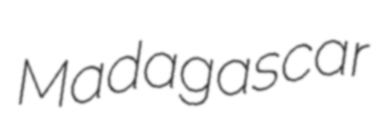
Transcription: Madagascar